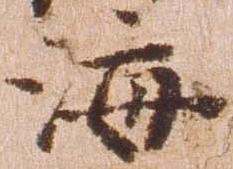
海